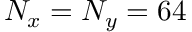
N _ { x } = N _ { y } = 6 4